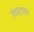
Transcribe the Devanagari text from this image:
उंचवटावर